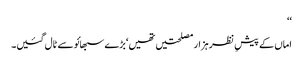
‘‘
اماں کے پیشِ نظر ہزار مصلحتیں تھیں‘ بڑے سبھائو سے ٹال گئیں۔